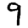
Digit: 9